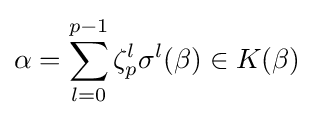
\alpha =\sum _{l=0}^{p-1}\zeta _{p}^{l}\sigma ^{l}(\beta )\in K(\beta )